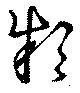
邾